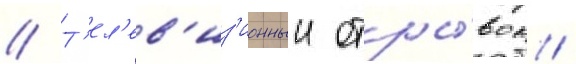
// Т'ел'ев'из'ионныи отры́вок /